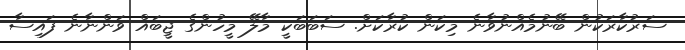
ސަރުކާރަކުން ބޭނުމެއްނުވާނެ މިކަން ކުރާކަށް. ސަބަބަކީ މާލޭ މީހުންގެ ޖީބައް ވަންނާނެ ފައިސާ